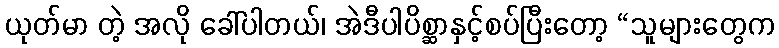
ယုတ်မာ တဲ့ အလို ခေါ်ပါတယ်၊ အဲဒီပါပိစ္ဆာနှင့်စပ်ပြီးတော့ “သူများတွေက